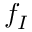
f _ { I }